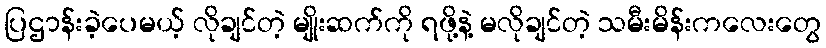
ပြဌာန်းခဲ့ပေမယ့် လိုချင်တဲ့ မျိုးဆက်ကို ရဖို့နဲ့ မလိုချင်တဲ့ သမီးမိန်းကလေးတွေ